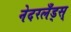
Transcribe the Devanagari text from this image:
नेदरलँड्स्